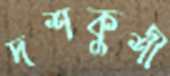
দশকুশী